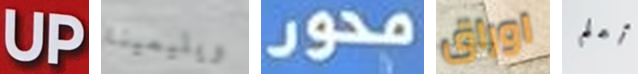
UP ويليمينا محور اوراق أعلم